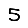
Digit: 5